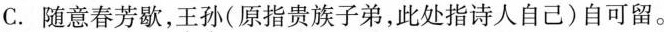
C.随意春芳歇，王孙（原指贵族子弟，此处指诗人自己）自可留。